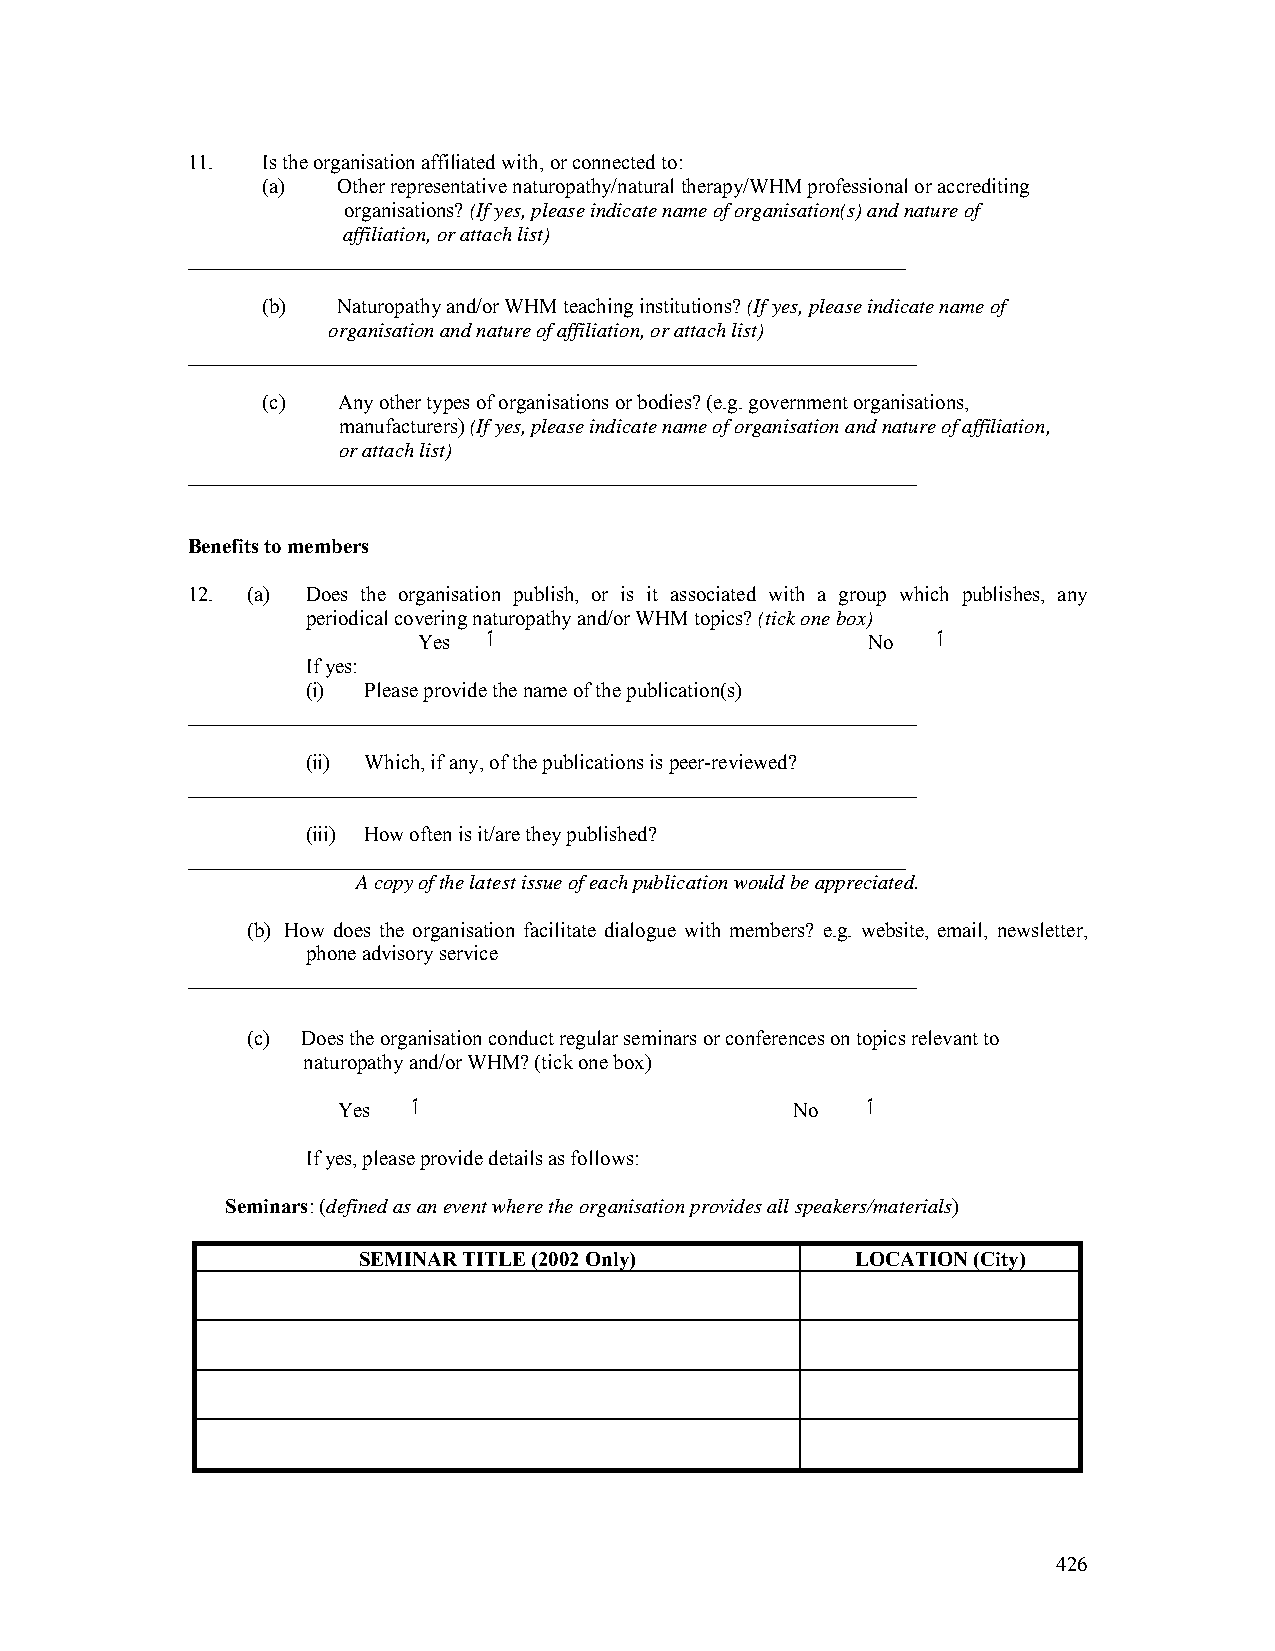
11.  Is the organisation affiliated with, or connected to:
 (a)  Other representative naturopathy/natural therapy/WHM professional or accrediting
 organisations? (If yes, please indicate name of organisation(s) and nature of
 affiliation, or attach list)
 _____________________________________________________________________
 (b)  Naturopathy and/or WHM teaching institutions? (If yes, please indicate name of
 organisation and nature of affiliation, or attach list)
 ______________________________________________________________________
 (c)  Any other types of organisations or bodies? (e.g. government organisations,
 manufacturers) (If yes, please indicate name of organisation and nature of affiliation,
 or attach list)
 ______________________________________________________________________
 Benefits to members
 12. (a) Does the organisation publish, or is it associated with a group which publishes, any
 periodical covering naturopathy and/or WHM topics? (tick one box)
 Yes ٱ                        No   ٱ
 If yes:
 (i) Please provide the name of the publication(s)
 ______________________________________________________________________
 (ii) Which, if any, of the publications is peer-reviewed?
 ______________________________________________________________________
 (iii) How often is it/are they published?
 _____________________________________________________________________
 A copy of the latest issue of each publication would be appreciated.
 (b) How does the organisation facilitate dialogue with members? e.g. website, email, newsletter,
 phone advisory service
 ______________________________________________________________________
 (c) Does the organisation conduct regular seminars or conferences on topics relevant to
 naturopathy and/or WHM? (tick one box)
 Yes  ٱ                        No   ٱ
 If yes, please provide details as follows:
 Seminars: (defined as an event where the organisation provides all speakers/materials)
 SEMINAR TITLE (2002 Only)        LOCATION (City)
 426